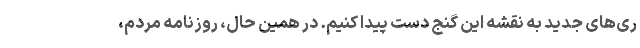
ری‌های جدید به نقشه این گنج دست پیدا کنیم. در همین حال، روزنامه مردم،